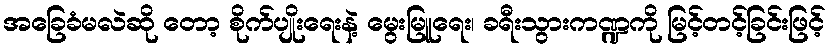
အခြေခံမလဲဆို တော့ စိုက်ပျိုးရေးနဲ့ မွေးမြူရေး၊ ခရီးသွားကဏ္ဍကို မြင့်တင့်ခြင်းဖြင့်